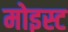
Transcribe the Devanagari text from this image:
मोइस्ट